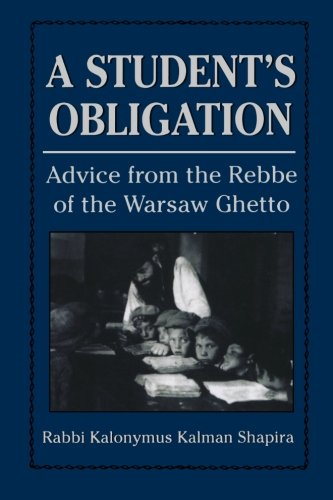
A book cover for A Student's Obligation: Advice from the Rebbe of the Warsaw Ghetto; Rabbi Kalonymous Kalman Schapira; Religion & Spirituality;